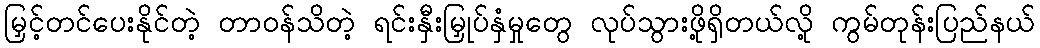
မြှင့်တင်ပေးနိုင်တဲ့ တာဝန်သိတဲ့ ရင်းနှီးမြှုပ်နှံမှုတွေ လုပ်သွားဖို့ရှိတယ်လို့ ကွမ်တုန်းပြည်နယ်